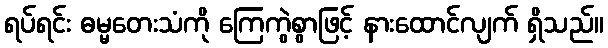
ရပ်ရင်း ဓမ္မတေးသံကို ကြေကွဲစွာဖြင့် နားထောင်လျက် ရှိသည်။